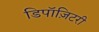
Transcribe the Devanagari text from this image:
डिपॉज़िटरी